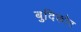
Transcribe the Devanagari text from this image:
बुदिकोट